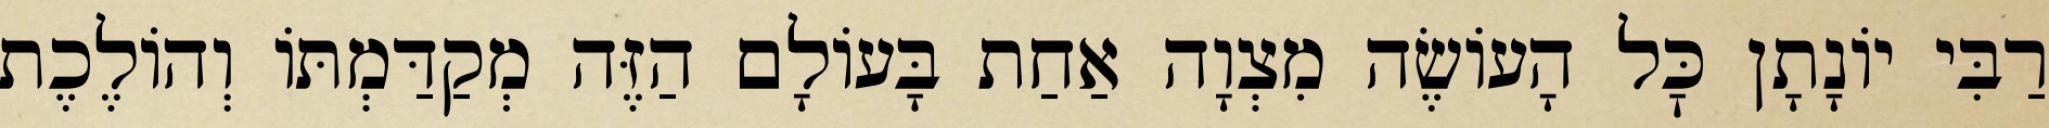
רַבִּי יוֹנָתָן כׇּל הָעוֹשֶׂה מִצְוָה אַחַת בָּעוֹלָם הַזֶּה מְקַדַּמְתּוֹ וְהוֹלֶכֶת